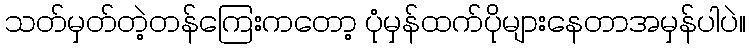
သတ်မှတ်တဲ့တန်ကြေးကတော့ ပုံမှန်ထက်ပိုများနေတာအမှန်ပါပဲ။